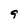
Character: 9